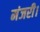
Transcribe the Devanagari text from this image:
मंजरी।